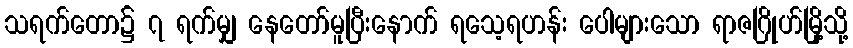
သရက်တော၌ ၇ ရက်မျှ နေတော်မူပြီးနောက် ရသေ့ရဟန်း ပေါများသော ရာဇဂြိုဟ်မြို့သို့